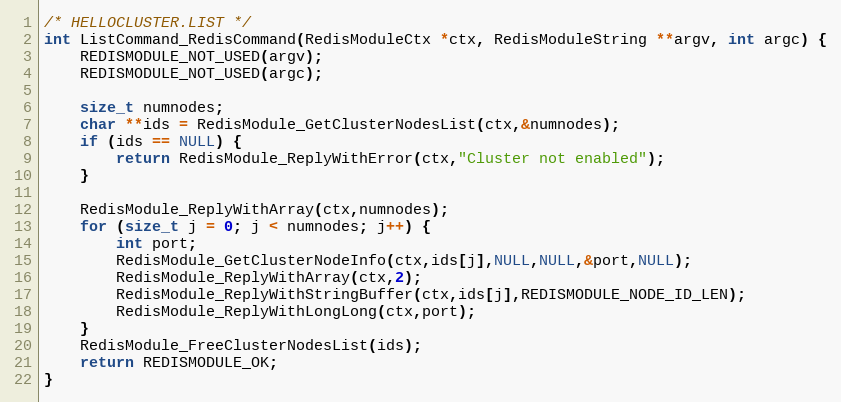
Language: C
/* HELLOCLUSTER.LIST */
int ListCommand_RedisCommand(RedisModuleCtx *ctx, RedisModuleString **argv, int argc) {
    REDISMODULE_NOT_USED(argv);
    REDISMODULE_NOT_USED(argc);

    size_t numnodes;
    char **ids = RedisModule_GetClusterNodesList(ctx,&numnodes);
    if (ids == NULL) {
        return RedisModule_ReplyWithError(ctx,"Cluster not enabled");
    }

    RedisModule_ReplyWithArray(ctx,numnodes);
    for (size_t j = 0; j < numnodes; j++) {
        int port;
        RedisModule_GetClusterNodeInfo(ctx,ids[j],NULL,NULL,&port,NULL);
        RedisModule_ReplyWithArray(ctx,2);
        RedisModule_ReplyWithStringBuffer(ctx,ids[j],REDISMODULE_NODE_ID_LEN);
        RedisModule_ReplyWithLongLong(ctx,port);
    }
    RedisModule_FreeClusterNodesList(ids);
    return REDISMODULE_OK;
}